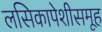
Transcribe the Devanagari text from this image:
लसिकापेशीसमूह